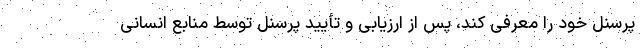
پرسنل خود را معرفی کند، پس از ارزیابی و تأیید پرسنل توسط منابع انسانی